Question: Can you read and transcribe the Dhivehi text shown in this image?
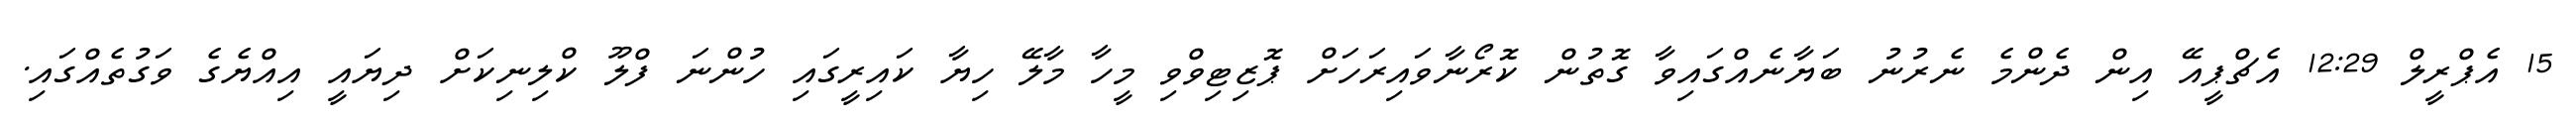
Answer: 15 އެޕްރީލް 12:29 އެޗްޕީއޭ އިން ދެންމެ ނެރުނު ބަޔާނެއްގައިވާ ގޮތުން ކޮރޯނާވައިރަހަށް ޕޮޒިޓިވްވި މީހާ މާލޭ ހިޔާ ކައިރީގައި ހުންނަ ފްލޫ ކްލިނިކަށް ދިޔައީ އިއްޔެގެ ވަގުތެއްގައި.